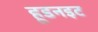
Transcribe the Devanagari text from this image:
हूडनइट